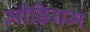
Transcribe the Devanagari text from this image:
मीडियम